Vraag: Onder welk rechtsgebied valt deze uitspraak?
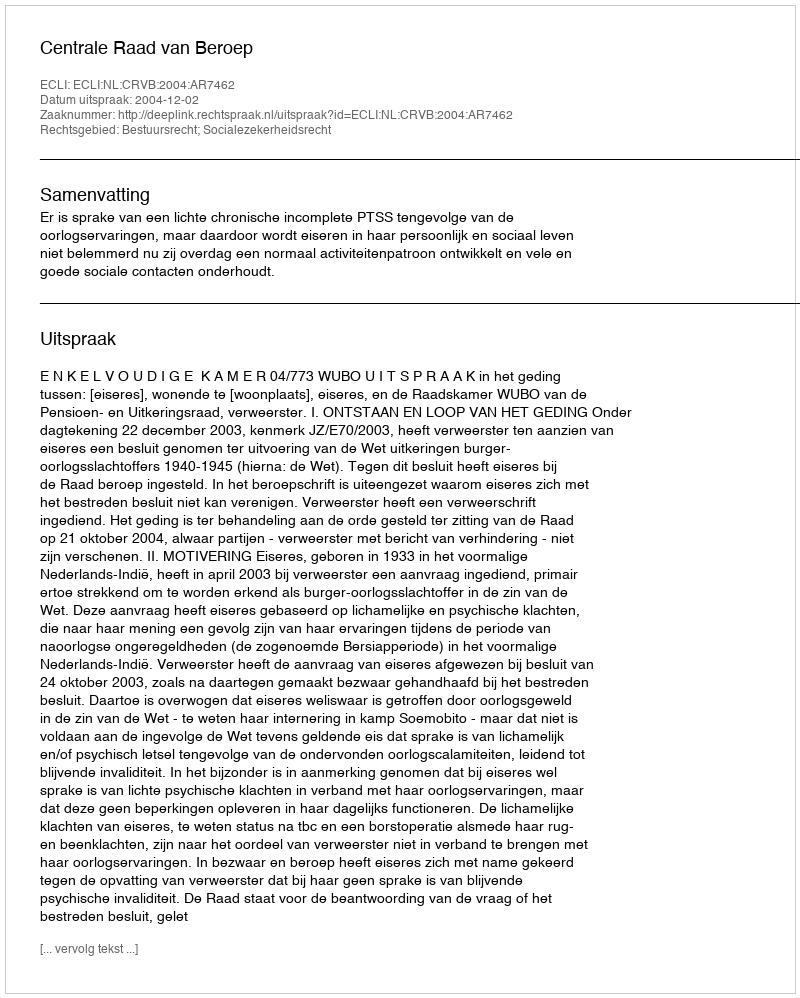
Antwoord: Bestuursrecht; Socialezekerheidsrecht